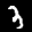
Label: 3